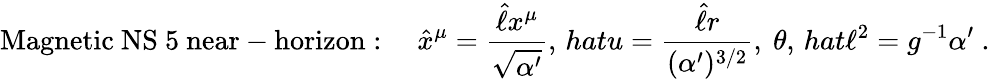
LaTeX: \mathrm{Magnetic~NS~5~near-horizon}:\quad\hat{x}^{\mu}=\frac{\hat{\ell}x^{\mu}}{\sqrt{\alpha^{\prime}}},\, hat{u}=\frac{\hat{\ell}r}{(\alpha^{\prime})^{3/2}},\ \theta,\, hat{\ell}^{2}=g^{-1}\alpha^{\prime}\ .